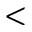
<